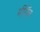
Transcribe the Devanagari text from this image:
मीराँव